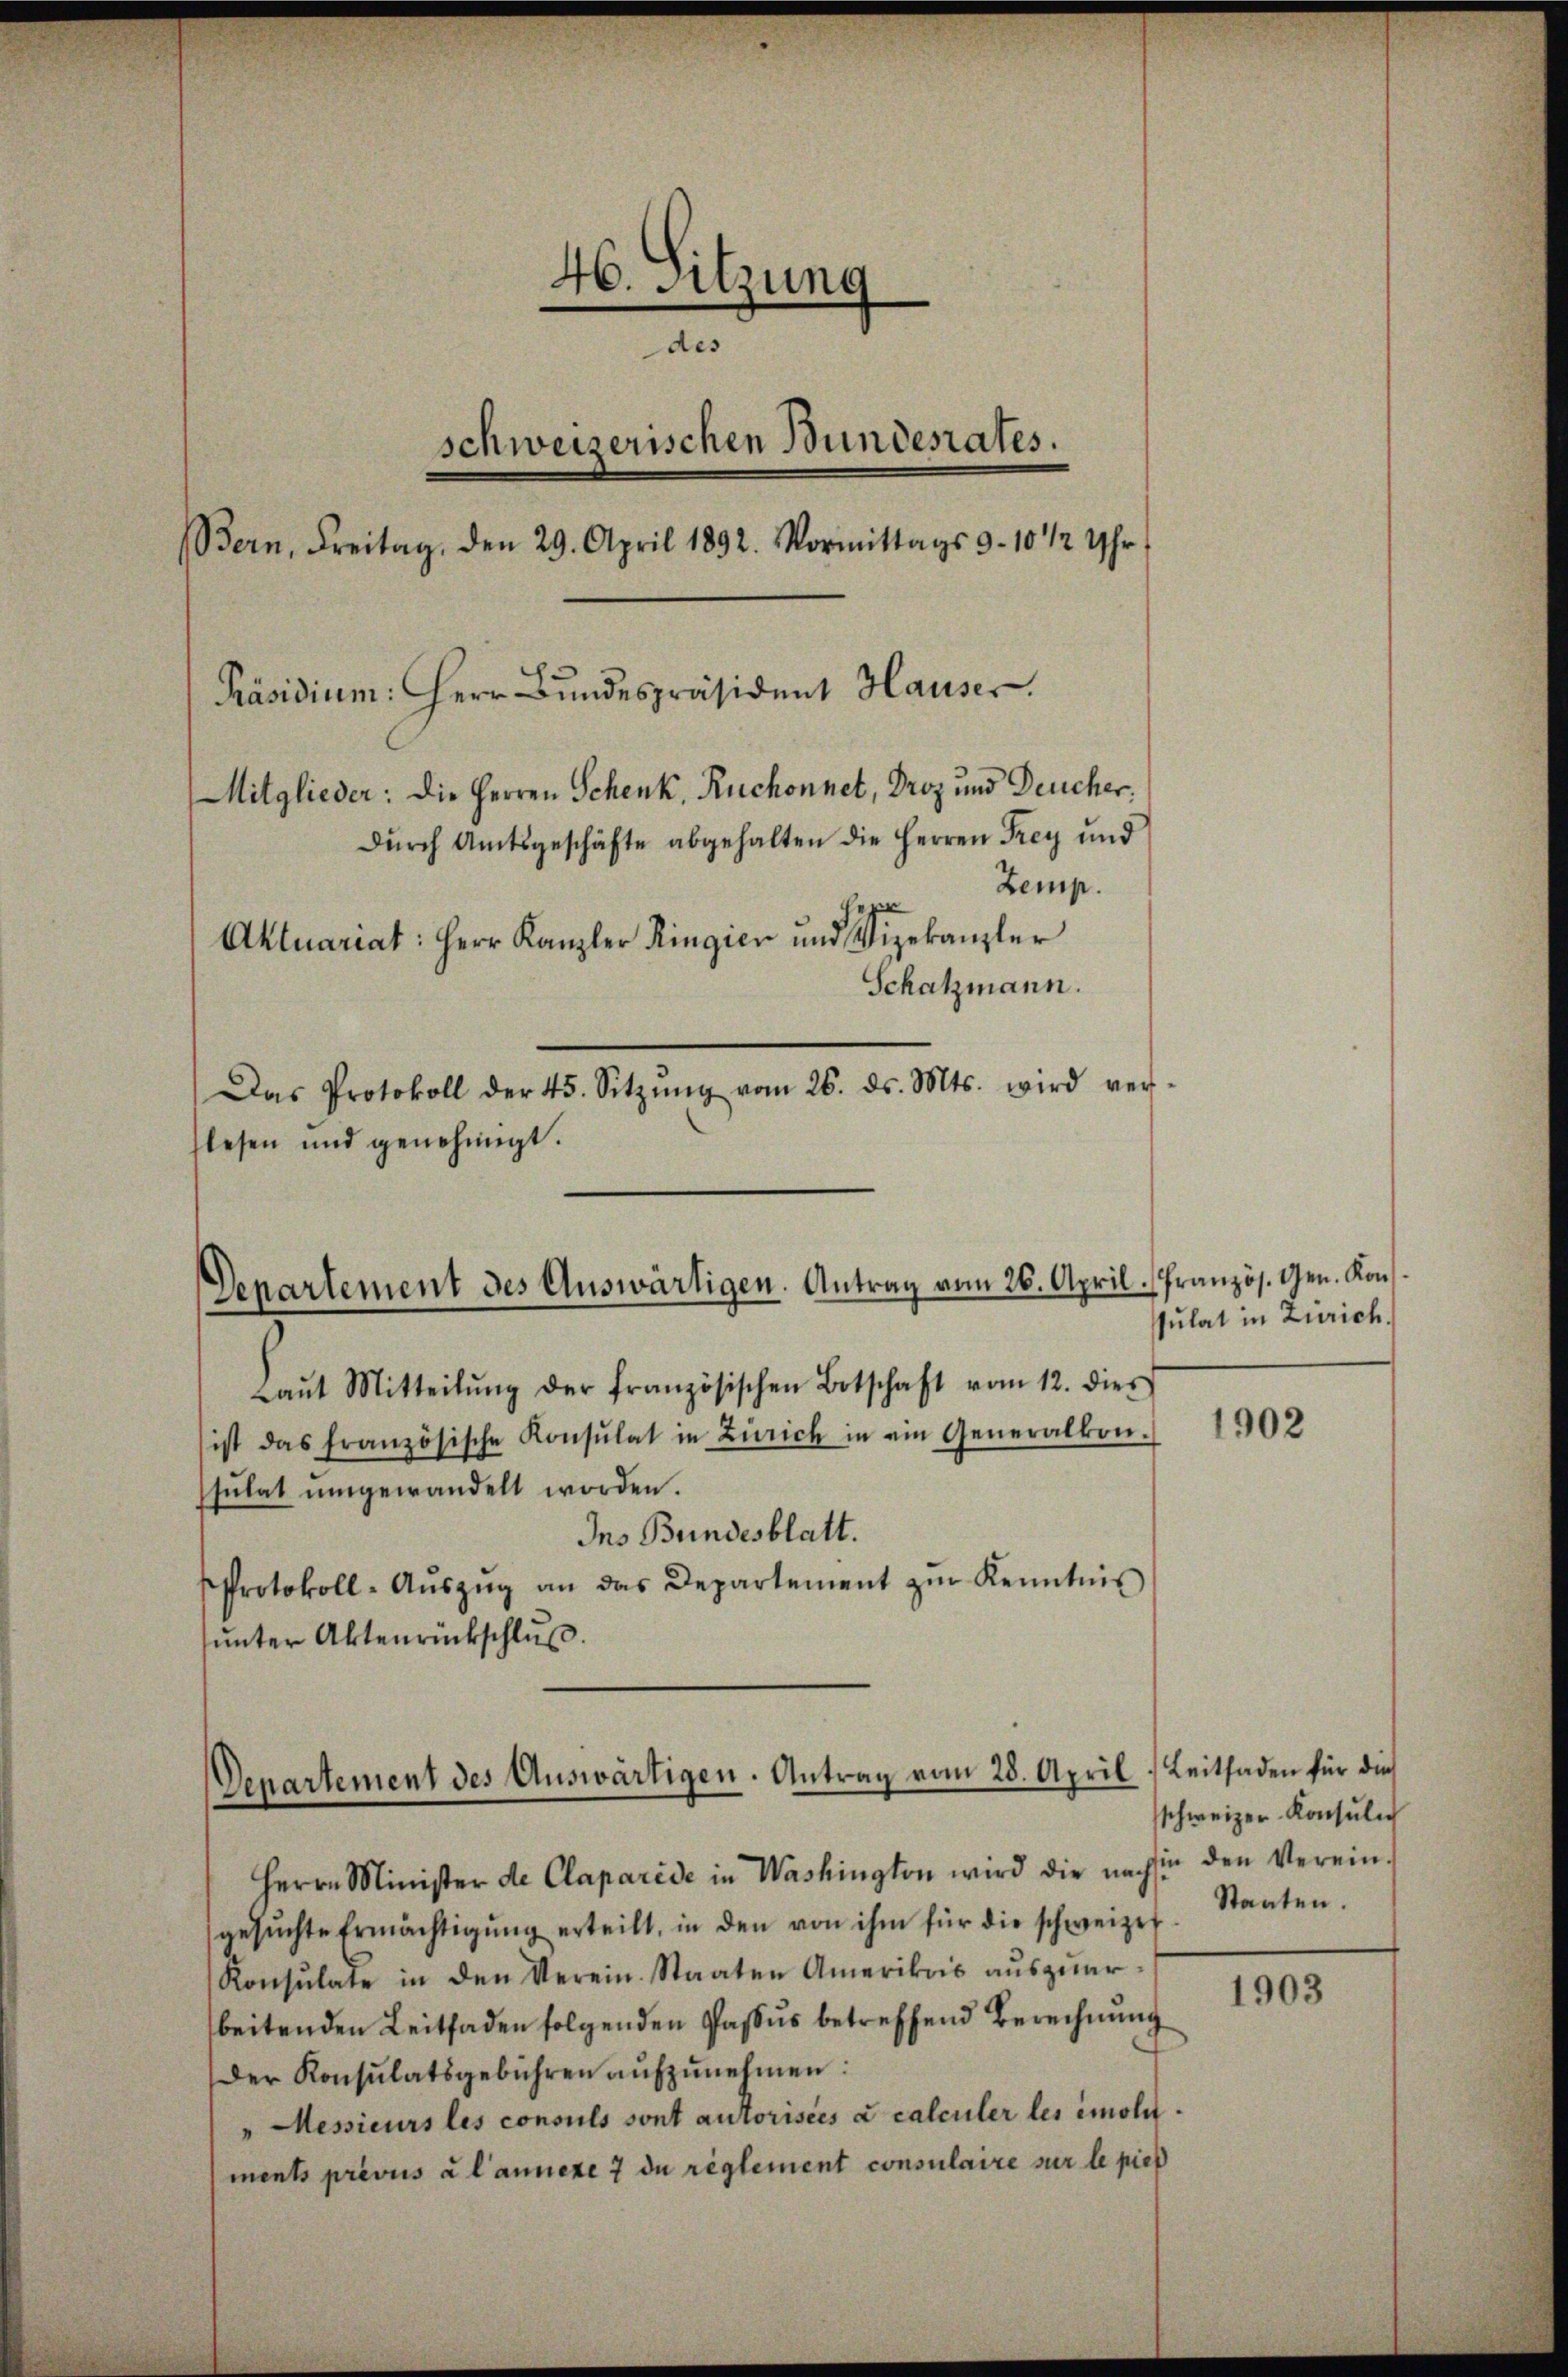
46. Sitzung
des
schweizerischen Bunderates.
Bern, Freitag, den 29. April 1892. Vormittags 9. 10 1/2 Uhr
Präsidium: Herr Bundespräsident Hauser.
Mitglieder: die Herren Schenk, Ruchonnet, Droz und Deucher.
Dŭrch Amtsgeschäfte abgehalten die Herren Frey und
heger
Aktuariat: Herr Kanzler Ringier und Vizekanzler
Schatzmann.
Das Protokoll der 45. Sitzŭng vom 26. ds. Mts. wird ver-
lesen und genehmigt.

Departement des Auswärtigen. Antrag vom 26. April. Französ. Gen. Kons

Laŭt Mitteilŭng der französischen Botschaft vom 12. dies
ist das französische Konsulat in Zürich in ein Generalkon-
sulat ŭmgewandelt worden.
Ins Bundesblatt.
Protokoll-Aŭszŭg an das Departement zur Kenntnis
ŭnter Aktenrückschlŭβ

Denartement des Auswärtigen. Antrag vom 28. April

Zemp.

sulat in Zürich.

Herrn Minister de Claparide in Washington wird die nachsin den Verein-
gesŭchte Ermächtigŭng erteilt, in den von ihm für die schweizet. Staaten.
Konsulate in den Verein. Staaten Amerikois aŭszŭar-
beitenden Leitfaden folgenden Passus betreffend Berechnung
Der Konsulatsgebühren aŭfzŭnehmen:
" Messieurs les consuls sont autorisées à calculer les emolit.
ments prévus à l’annexe 7 de reglement consulaire sur le pieß

1902

Leitfaden für die
schweizer-Konsulich

1903